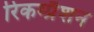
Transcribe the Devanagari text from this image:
रिकम्प्रैशन